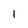
Character: I